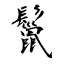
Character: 鬣